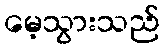
မေ့သွားသည်